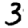
Digit: 3